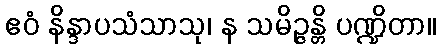
ဧဝံ နိန္ဒာပသံသာသု၊ န သမိဉ္ဇန္တိ ပဏ္ဍိတာ။